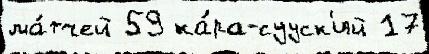
ма́тчей 59 ка́ра-сууск'ий 17